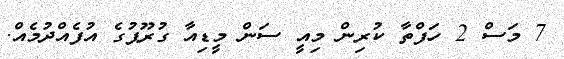
7 މަސް 2 ހަފްތާ ކުރިން މިއީ ސަން މީޑިއާ ގުރޫޕުގެ އުފެއްދުމެއް.